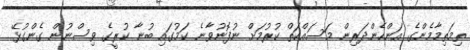
ތިމަތިމާމެންގެ އަންހެންދަރިން މަސައްކަތް ކުރުމަށް ނުފޮނުވާނެ ކަމުގައި ބުނާ ކުރީގެ ވިސްނުން ގެންގުޅޭ